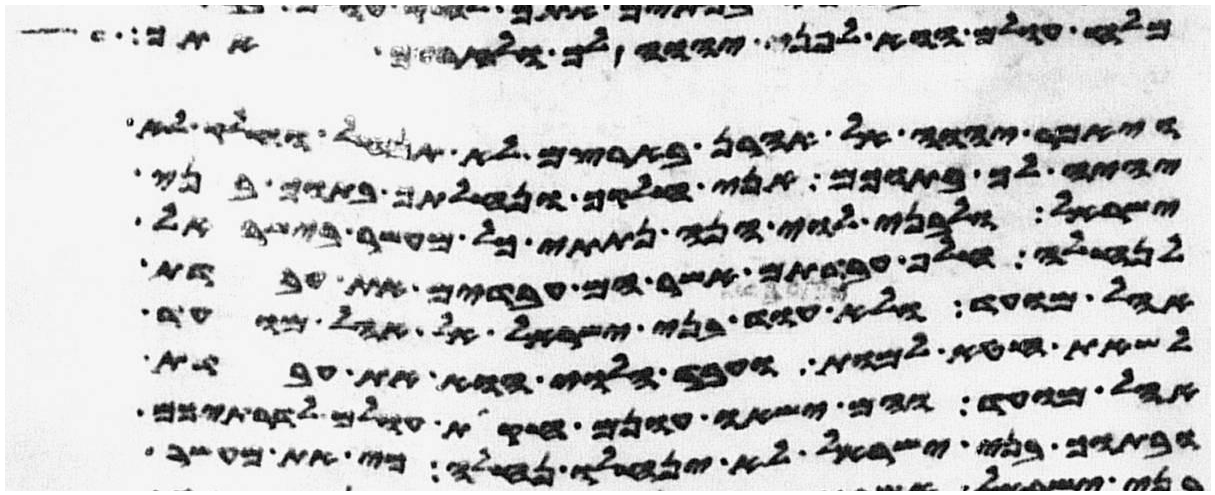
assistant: מלח עולם הוא לפני יהוה לך ולזרעך אתך
ויאמר יהוה אל אהרן בארצם לא תנחל וחלק לא
יהיה לך בתוכם אני חלקך ונחלתך בתוך בני
ישראל ולבני לוי הנה נתתי כל מעשר בישראל
לנחלה חלף עבדתם אשר הם עבדים את עבדת
אהל מועד ולא יקרבו עוד בני ישראל אל אהל מועד
לשאת חטא למות ועבד הלוי הוא את עבדת
אהל מועד והם ישאו עונם חקות עולם לדרתיכם
ובתוך בני ישראל לא ינחלו נחלה כי את מעשר